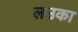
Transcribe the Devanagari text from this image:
लउका